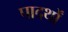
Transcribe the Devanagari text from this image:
पादर्थों